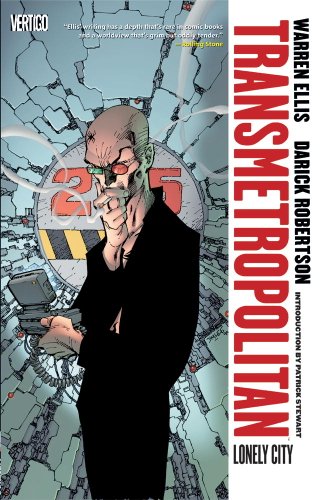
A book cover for Transmetropolitan Vol. 5: Lonely City (New Edition); Warren Ellis; Comics & Graphic Novels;